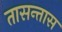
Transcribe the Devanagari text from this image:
तासन्तास